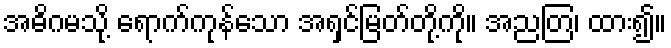
အဓိဂမသို့ ရောက်ကုန်သော အရှင်မြတ်တို့ကို။ အညတြ၊ ထား၍။